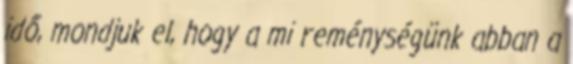
idő, mondjuk el, hogy a mi reménységünk abban a